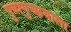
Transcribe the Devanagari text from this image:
पुष्पगुच्छवाला